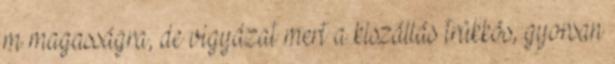
m magasságra, de vigyázat mert a kiszállás trükkös, gyorsan